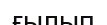
ғылып